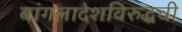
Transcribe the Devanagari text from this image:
बांगलादेशविरुद्धची